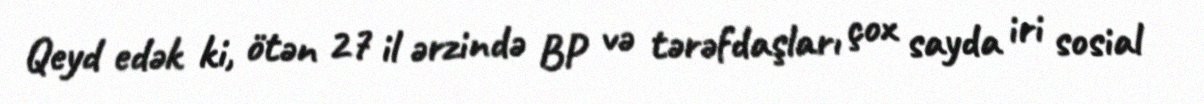
Qeyd edək ki, ötən 27 il ərzində BP və tərəfdaşları çox sayda iri sosial